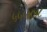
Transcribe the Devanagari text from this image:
५५५४४८